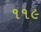
૧૧૯